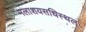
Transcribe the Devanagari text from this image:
मलाशयसधिस्थल